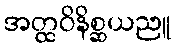
အတ္ထဝိနိစ္ဆယညူ